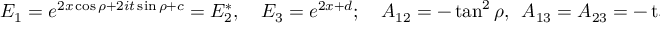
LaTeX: E _ { 1 } = e ^ { 2 x \cos \rho + 2 i t \sin \rho + c } = E _ { 2 } ^ { * } , \quad E _ { 3 } = e ^ { 2 x + d } ; \quad A _ { 1 2 } = - \tan ^ { 2 } \rho , \ \ A _ { 1 3 } = A _ { 2 3 } = - \tan ^ { 2 } ( \rho / 2 ) .